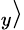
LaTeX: _y\rangle